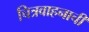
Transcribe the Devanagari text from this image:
चित्रवाहनाची